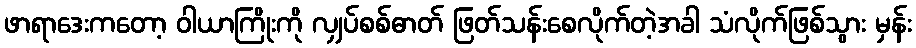
ဖာရာဒေးကတော့ ဝါယာကြိုးကို လျှပ်စစ်ဓာတ် ဖြတ်သန်းစေလိုက်တဲ့အခါ သံလိုက်ဖြစ်သွား မှန်း